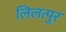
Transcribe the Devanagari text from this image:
लिलत्पुर